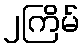
၂ကြိမ်